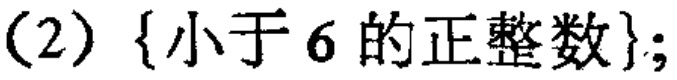
(2) \(\{\text{小于}6\text{的正整数}\}\);